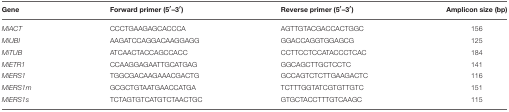
| Gene | Forward primer (5′–3′) | Reverse primer (5′–3′) | Amplicon size (bp) |
 | --- | --- | --- | --- |
 | MiACT | CCCTGAAGAGCACCCA | AGTTGTACGACCACTGGC | 156 |
 | MiUBI | AAGATCCAGGACAAGGAGG | GGACCAGGTGGAGCG | 125 |
 | MiTUB | ATCAACTACCAGCCACC | CCTTCCTCCATACCCTCAC | 184 |
 | MiETR1 | CCAAGGAGAATTGCATGAG | GGCAGCTTGCTCCTC | 141 |
 | MiERS1 | TGGCGACAAGAAACGACTG | GCCAGTCTCTTGAAGACTC | 116 |
 | MiERS1m | GCGCTGTAATGAACCATGA | TCTTTGGTATCGTGTTGTC | 151 |
 | MiERS1s | TCTAGTGTCATGTCTAACTGC | GTGCTACCTTTGTCAAGC | 115 |